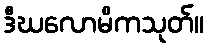
ဒီဃလောမိကသုတ်။